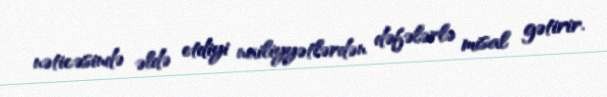
nəticəsində əldə etdiyi nailiyyətlərdən dəfələrlə misal gətirir.